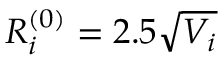
R _ { i } ^ { ( 0 ) } = 2 . 5 \sqrt { V _ { i } }